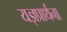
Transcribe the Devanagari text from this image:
यज्ञप्रार्थना